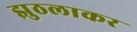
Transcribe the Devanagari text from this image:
झुठलाकर